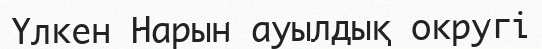
Үлкен Нарын ауылдық округі